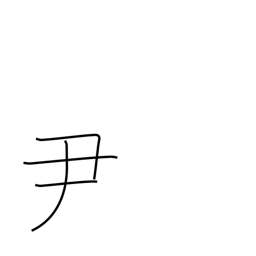
Meaning: an official rank